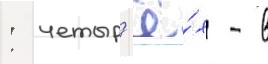
: четыр'ё́х - в